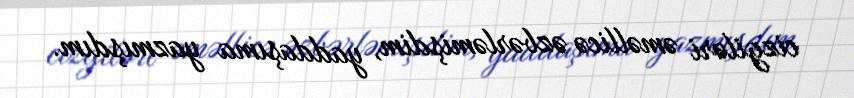
cizgiləri əməllicə əzbərləmişdim, yaddaşıma yazmışdım.